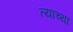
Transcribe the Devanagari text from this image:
त्‍याच्या